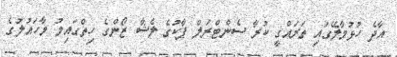
އާދެ ހުޅުމާލޭގައި ތަރައްގީ ކުރާ ސެންޓްރަލް ޕާކުގެ ލެޝާ ޒޯންގެ ހިތްގައިމު މާހައުލުގެ